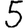
Digit: 5